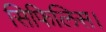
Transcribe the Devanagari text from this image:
सिफिलिस।